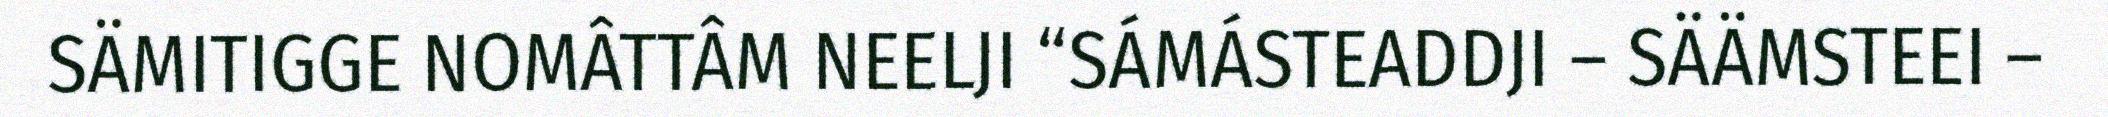
SÄMITIGGE NOMÂTTÂM NEELJI “SÁMÁSTEADDJI – SÄÄMSTEEI –